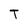
Character: T